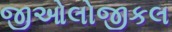
જીઓલોજીકલ